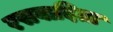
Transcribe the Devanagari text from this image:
रसवादिता